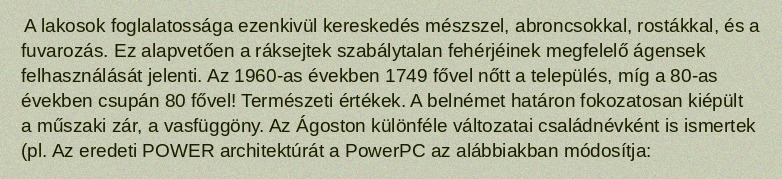
A lakosok foglalatossága ezenkivül kereskedés mészszel, abroncsokkal, rostákkal, és a fuvarozás. Ez alapvetően a ráksejtek szabálytalan fehérjéinek megfelelő ágensek felhasználását jelenti. Az 1960-as években 1749 fővel nőtt a település, míg a 80-as években csupán 80 fővel! Természeti értékek. A belnémet határon fokozatosan kiépült a műszaki zár, a vasfüggöny. Az Ágoston különféle változatai családnévként is ismertek (pl. Az eredeti POWER architektúrát a PowerPC az alábbiakban módosítja: